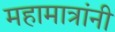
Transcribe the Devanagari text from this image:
महामात्रांनी